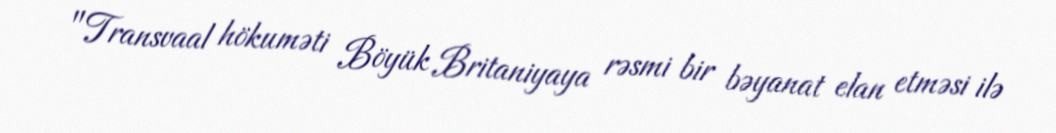
"Transvaal hökuməti Böyük Britaniyaya rəsmi bir bəyanat elan etməsi ilə